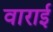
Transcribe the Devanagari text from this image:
वाराई